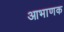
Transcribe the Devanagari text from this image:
आभाणक